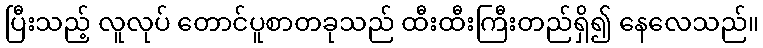
ပြီးသည့် လူလုပ် တောင်ပူစာတခုသည် ထီးထီးကြီးတည်ရှိ၍ နေလေသည်။